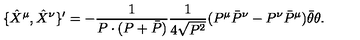
\{ \hat { X } ^ { \mu } , \hat { X } ^ { \nu } \} ^ { \prime } = - \frac { 1 } { P \cdot ( P + \bar { P } ) } \frac { 1 } { 4 \sqrt { P ^ { 2 } } } ( P ^ { \mu } \bar { P } ^ { \nu } - P ^ { \nu } \bar { P } ^ { \mu } ) \bar { \theta } \theta .